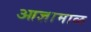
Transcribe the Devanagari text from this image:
आज्ञामाळ